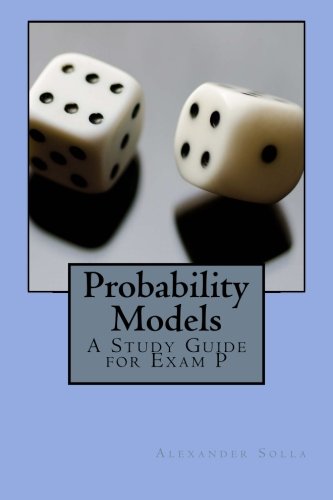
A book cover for Probability Models: A Study Guide for Exam P; Alexander Solla; Business & Money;